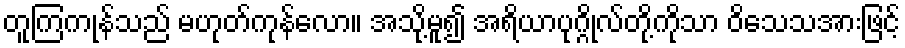
တူကြကုန်သည် မဟုတ်ကုန်လော။ အသို့မူ၍ အရိယာပုဂ္ဂိုလ်တို့ကိုသာ ဝိသေသအားဖြင့်